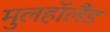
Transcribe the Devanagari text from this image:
मुलहॉलैंड